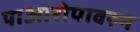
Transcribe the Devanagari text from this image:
याआरोपावरुन